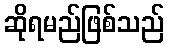
ဆိုရမည်ဖြစ်သည်